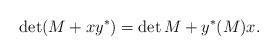
LaTeX: \begin{align*}\det(M + xy^*) = \det M + y^*(M) x.\end{align*}